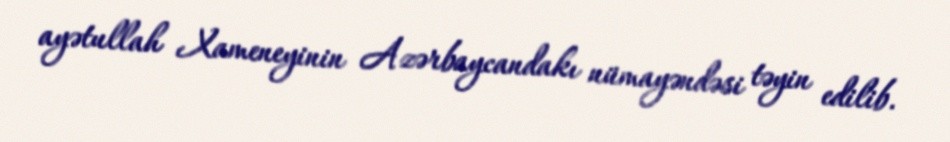
ayətullah Xameneyinin Azərbaycandakı nümayəndəsi təyin edilib.